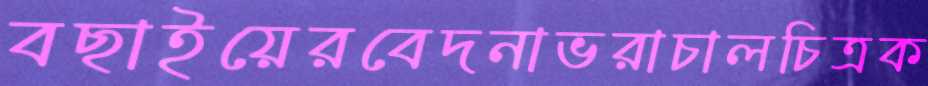
বছাইয়েরবেদনাভরাচালচিত্রক